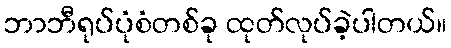
ဘာဘီရုပ်ပုံစံတစ်ခု ထုတ်လုပ်ခဲ့ပါတယ်။